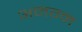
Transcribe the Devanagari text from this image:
अनग्न